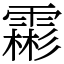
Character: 霦